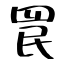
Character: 罠